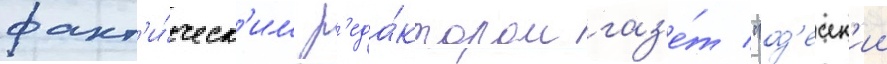
факт'и́ческ'им р'еда́ктором газ'е́т "од'есск'ии